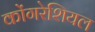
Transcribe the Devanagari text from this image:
कोंगरेशियल